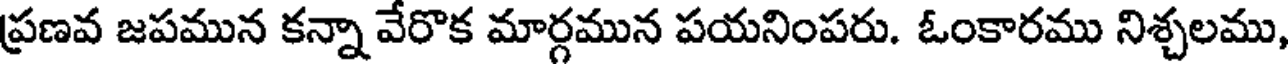
ప్రణవ జపమున కన్నా వేరొక మార్గమున పయనింపరు. ఓంకారము నిశ్చలము,